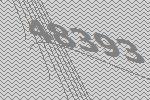
48393